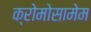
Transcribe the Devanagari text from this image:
क्रोमोसामेम